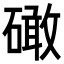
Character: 𥕵